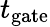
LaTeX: t_{\mathrm{gate}}